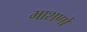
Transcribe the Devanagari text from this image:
भाशणों